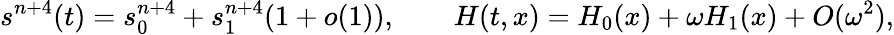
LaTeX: s^{n+4}(t)=s_{0}^{n+4}+s_{1}^{n+4}(1+o(1)),\qquad H(t,x)=H_{0}(x)+\omega H_{1}(x)+O(\omega^{2}),